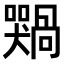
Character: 𫬢